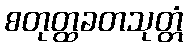
စတုတ္ထခတသုတ္တံ